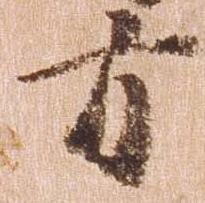
方